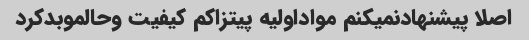
اصلا پیشنهادنمیکنم مواداولیه پیتزاکم کیفیت وحالموبدکرد